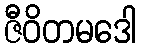
ဇီဝိတမဒေါ